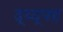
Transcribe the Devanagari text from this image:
द्घ्द्फ्ह